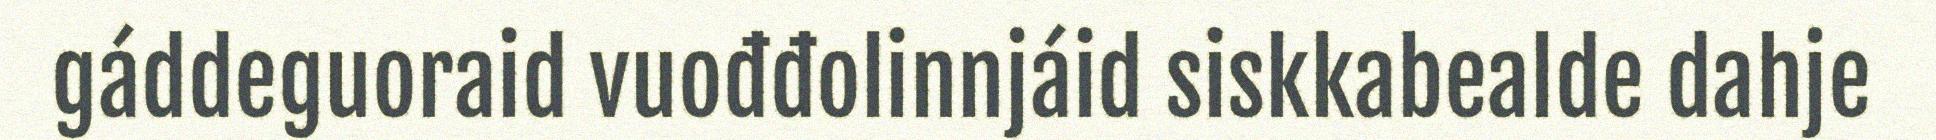
gáddeguoraid vuođđolinnjáid siskkabealde dahje